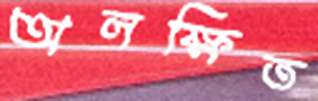
অলক্ষিত